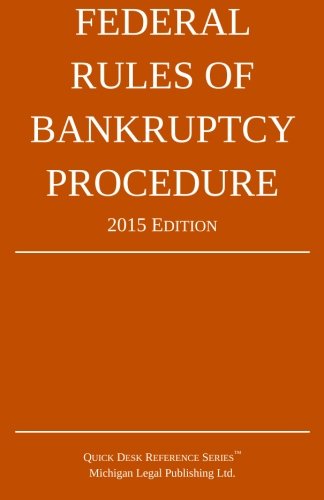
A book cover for Federal Rules of Bankruptcy Procedure; 2015 Edition: Quick Desk Reference Series; Michigan Legal Publishing Ltd.; Law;